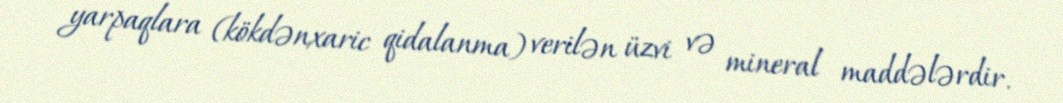
yarpaqlara (kökdənxaric qidalanma) verilən üzvi və mineral maddələrdir.